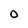
Character: 0